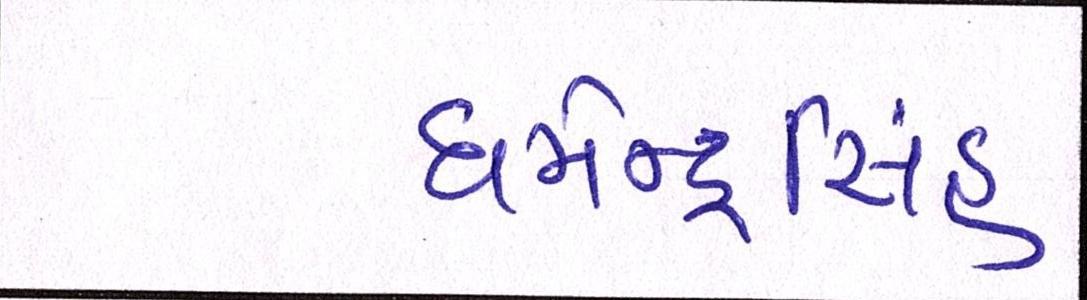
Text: ધર્મેન્દ્રસિંહ